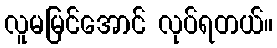
လူမမြင်အောင် လုပ်ရတယ်။